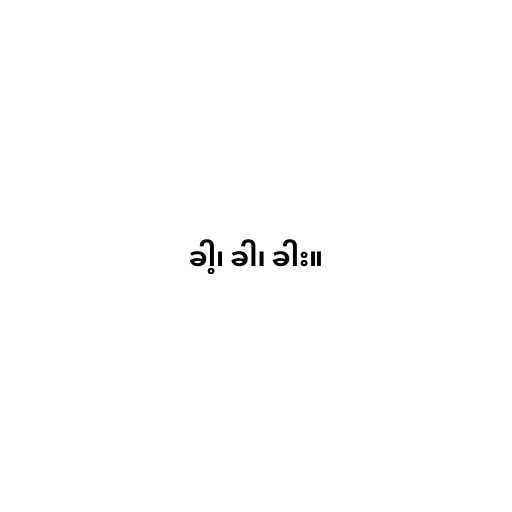
ခါ့၊ ခါ၊ ခါး။